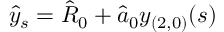
\hat { y } _ { s } = \hat { R } _ { 0 } + \hat { a } _ { 0 } y _ { ( 2 , 0 ) } ( s )